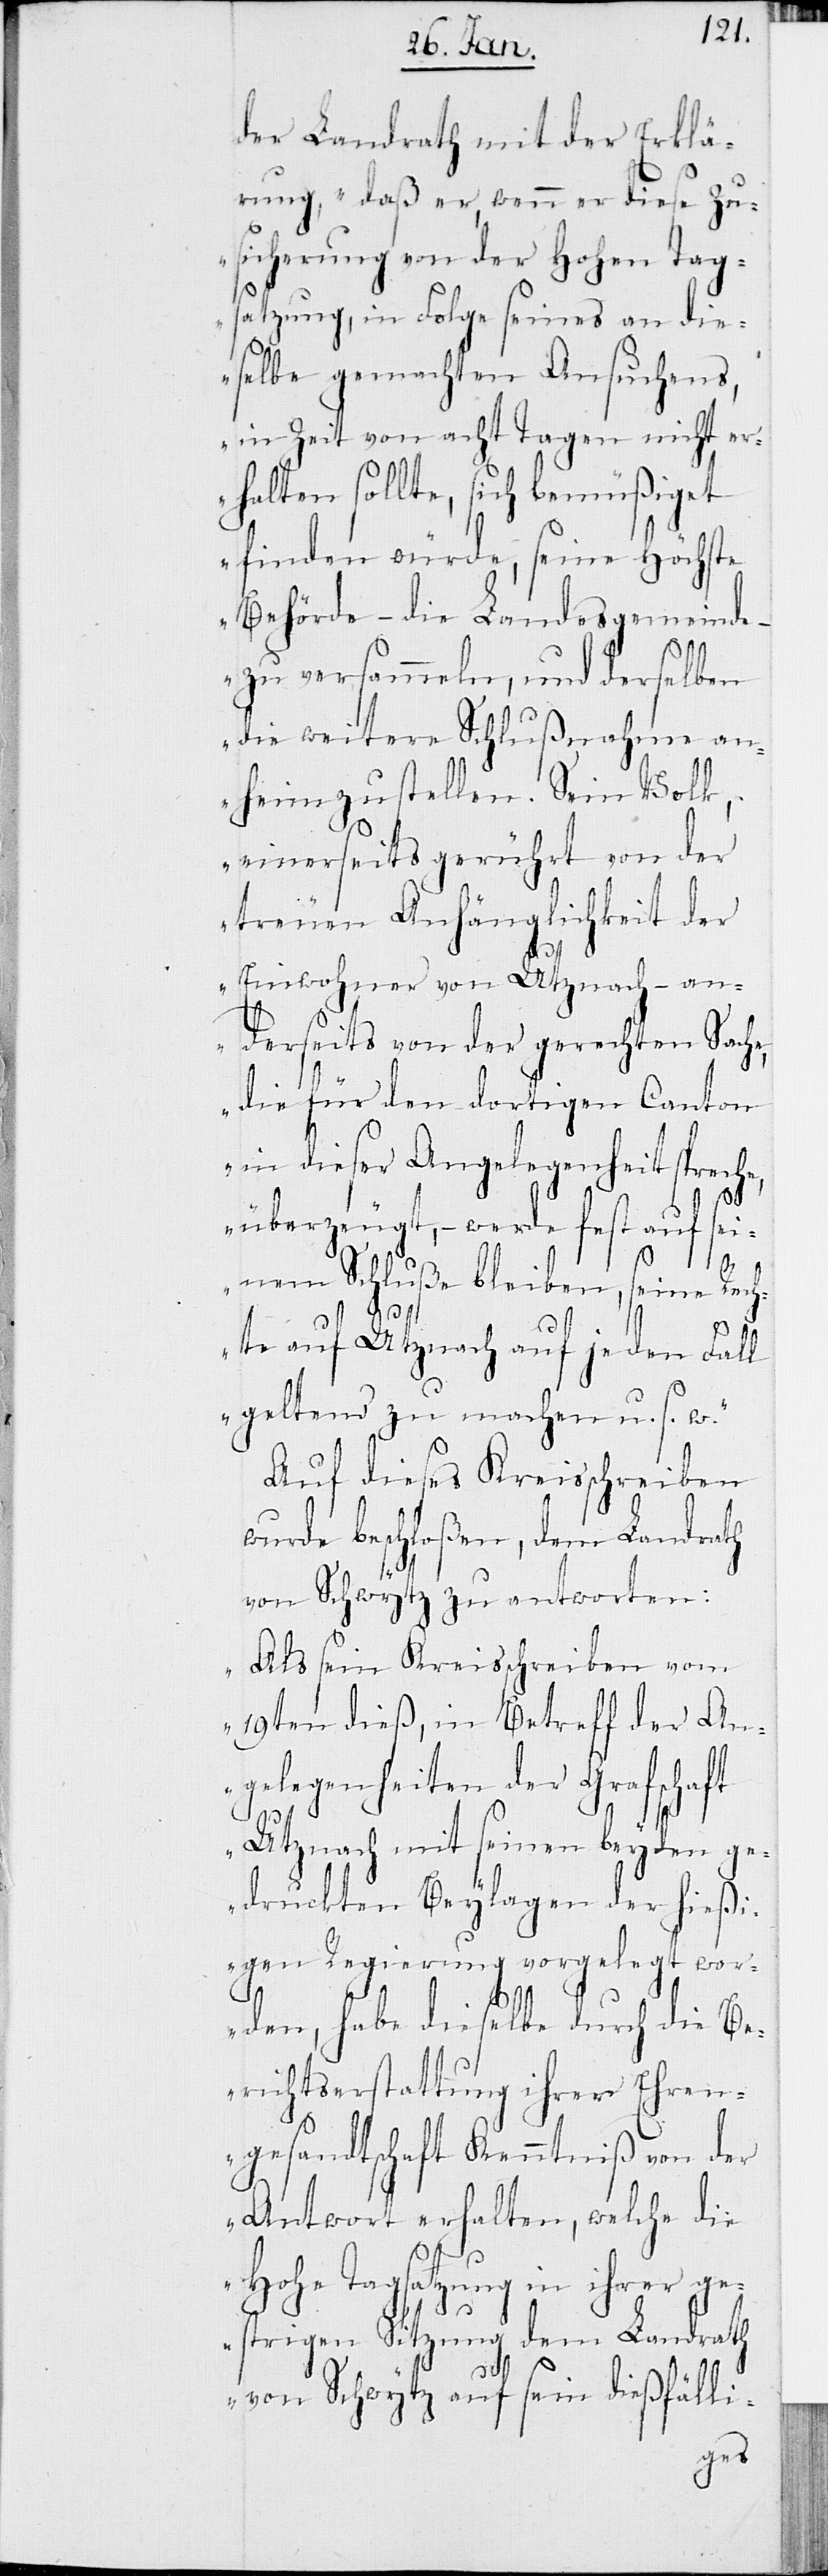
der Landrath mit der Erklä¬
rung, „daß er, wenn er diese Zu¬
sicherung von der Hohen Tags¬
atzung, in Folge seines an die¬
selbe gemachten Ansuchens,
in Zeit von acht Tagen nicht er¬
halten sollte, sich bemüßiget
finden würde, seine Höchste
Behörde – die Landesgemeinde
zu versammeln, und derselben
die weitere Schlußnahme an¬
heim zu stellen. Sein Volk,
einerseits gerührt von der
treuen Anhänglichkeit der
Einwohner von Utznach – an¬
derseits von der gerechten Sache,
die für den dortigen Canton
in dieser Angelegenheit spreche,
überzeugt, – werde fest auf sei¬
nem Schluße bleiben, seine Rech¬
te auf Utznach auf jeden Fall
geltend zu machen u. s. w.“
Auf dieses Kreisschreiben
wurde beschloßen, dem Landrath
von Schwytz zu antworten:
„Als sein Kreisschreiben vom
19ten dieß, in Betreff der An¬
gelegenheiten der Grafschaft
Utznach mit seinen beyden ge¬
druckten Beylagen der hießi¬
gen Regierung vorgelegt wor¬
den, habe dieselbe durch die Be¬
richtserstattung ihrer Ehren¬
gesandtschaft Kenntniß von der
Antwort erhalten, welche die
Hohe Tagsatzung in ihrer ge¬
strigen Sitzung dem Landrath
von Schwytz auf sein dießfälli-